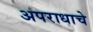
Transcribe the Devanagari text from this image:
अपराधाचे